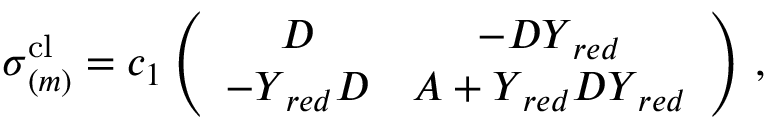
\begin{array} { r } { \boldsymbol { \sigma } _ { ( m ) } ^ { \mathrm { c l } } = c _ { 1 } \left( \begin{array} { c c } { \boldsymbol { D } } & { - \boldsymbol { D } \boldsymbol { Y } _ { r e d } } \\ { - \boldsymbol { Y } _ { r e d } \boldsymbol { D } } & { \boldsymbol { A } + \boldsymbol { Y } _ { r e d } \boldsymbol { D } \boldsymbol { Y } _ { r e d } } \end{array} \right) \, , } \end{array}